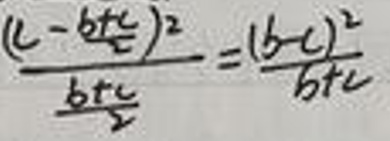
\[
\frac{(c - \frac{b + c}{2})^2}{\frac{b + c}{2}} = \frac{(b - c)^2}{b + c}
\]